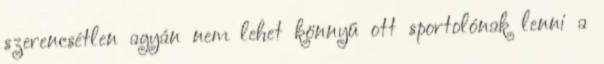
szerencsétlen agyán nem lehet könnyű ott sportolónak lenni a